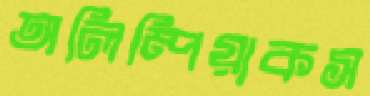
অলিম্পিয়াকস